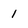
Character: 1